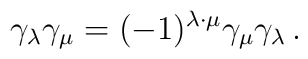
\gamma_\lambda\gamma_\mu=(-1)^{\lambda\cdot\mu}\gamma_\mu\gamma_\lambda\,.